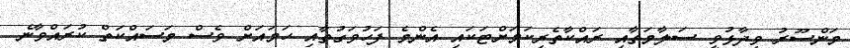
މަންސޫރު ވިދާޅުވީ ސަލާމަތާއި ރައްކާތެރިކަމަށްޓަކައި އެންމެ ފަހުވަގުތާއި ހަމައަށް ވެސް މަސައްކަތް ކުރައްވާނެ